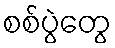
စစ်ပွဲတွေ